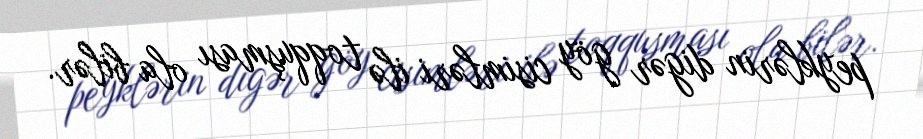
peyklərin digər göy cisimləri ilə toqquşması ola bilər.